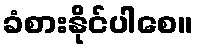
ခံစားနိုင်ပါစေ။